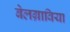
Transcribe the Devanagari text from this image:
बेलग्राविया